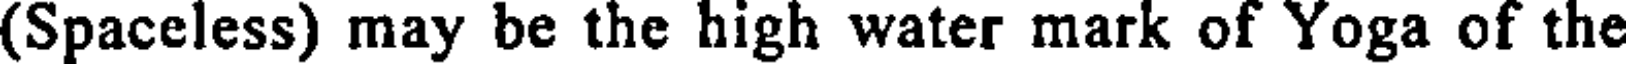
(Spaceless) may be the high water mark of Yoga of the